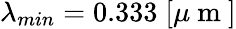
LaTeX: \lambda_{min}=0.333\; [\mu\mathrm{~m~}]